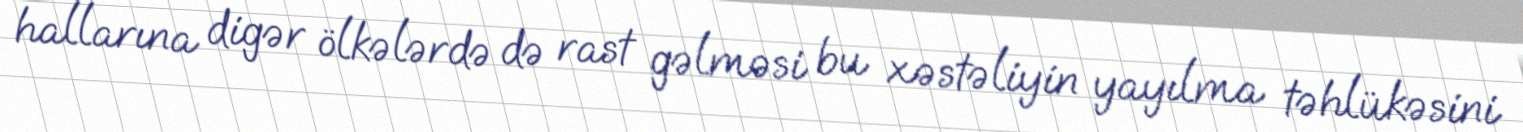
hallarına digər ölkələrdə də rast gəlməsi bu xəstəliyin yayılma təhlükəsini